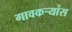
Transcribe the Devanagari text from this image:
गावकऱ्यांस